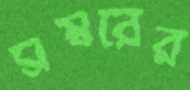
সম্বরের